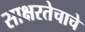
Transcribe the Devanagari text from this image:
साक्षरतेचाचे